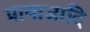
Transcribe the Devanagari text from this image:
प्रायाजादि